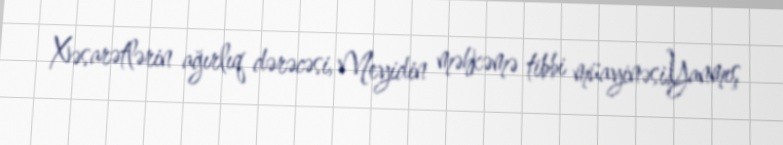
Xəsarətlərin ağırlıq dərəcəsi, Meyidin məhkəmə tibbi müayinəsi,Yanmış